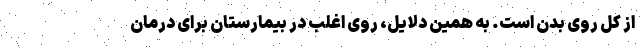
از کل روی بدن است. به همین دلایل، روی اغلب در بیمارستان برای درمان